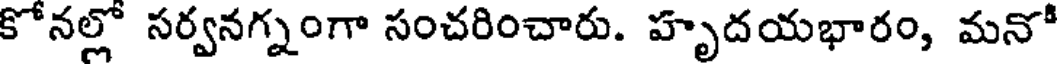
కోనల్లో సర్వనగ్నంగా సంచరించారు. హృదయభారం, మనో